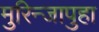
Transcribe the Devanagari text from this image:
मुरिन्जापुहा